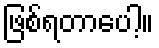
ဖြစ်ရတာပေါ့။